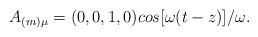
LaTeX: \begin{align*}A_{(m)\mu } = (0,0,1,0)cos[\omega (t-z)]/\omega .\end{align*}